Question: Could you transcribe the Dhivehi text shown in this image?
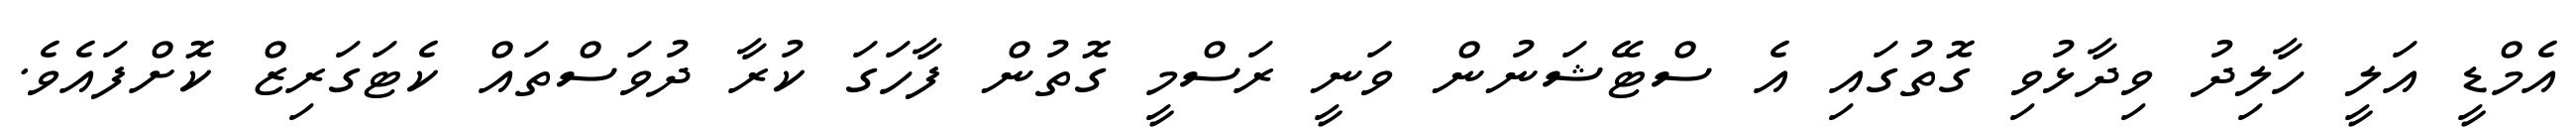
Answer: އެމްޑީ އަލީ ހާލިދު ވިދާޅުވި ގޮތުގައި އެ ސްޓޭޝަނުން ވަނީ ރަސްމީ ގޮތުން ފާހަގަ ކުރާ ދުވަސްތައް ކެޓަގަރިޒް ކޮށްފައެވެ.